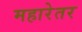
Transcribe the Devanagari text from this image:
महारेतर